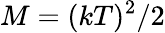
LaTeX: M=(kT)^{2}/2